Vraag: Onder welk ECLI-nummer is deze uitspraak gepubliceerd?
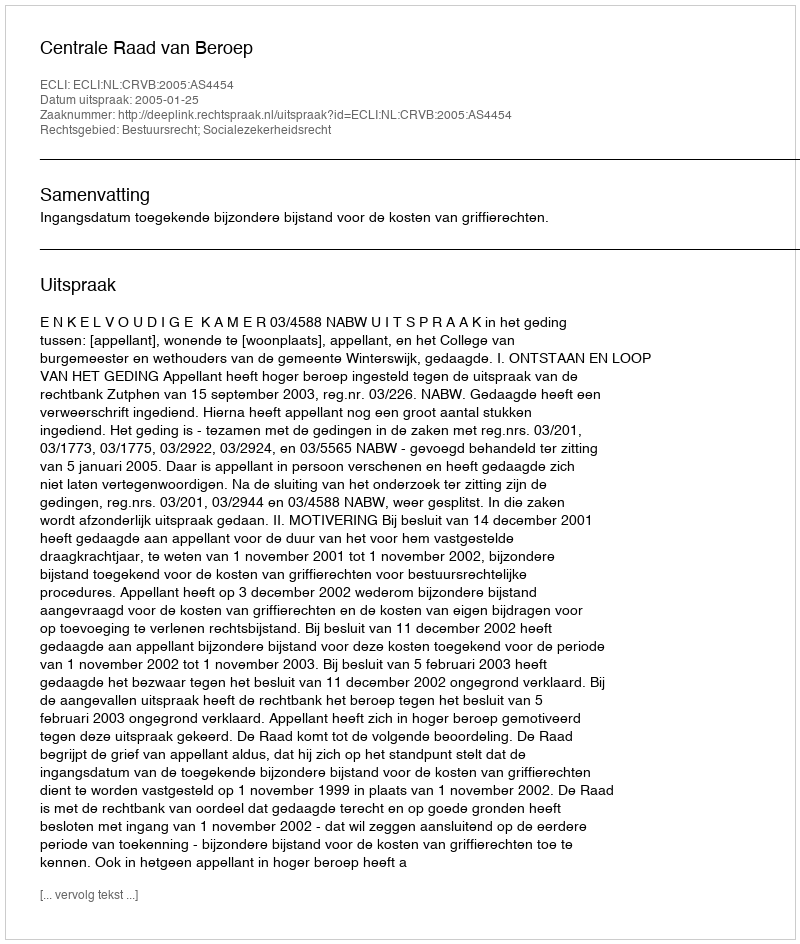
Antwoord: ECLI:NL:CRVB:2005:AS4454